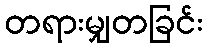
တရားမျှတခြင်း